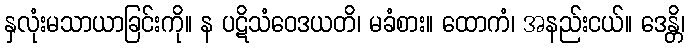
နှလုံးမသာယာခြင်းကို။ န ပဋိသံဝေဒယတိ၊ မခံစား။ ထောကံ၊ အနည်းငယ်။ ဒေန္တိ၊